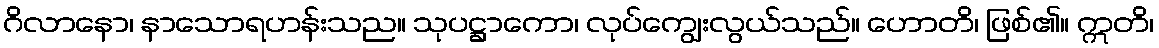
ဂိလာနော၊ နာသောရဟန်းသည။ သုပဋ္ဌာကော၊ လုပ်ကျွေးလွယ်သည်။ ဟောတိ၊ ဖြစ်၏။ ဣတိ၊